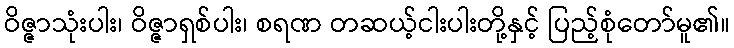
ဝိဇ္ဇာသုံးပါး၊ ဝိဇ္ဇာရှစ်ပါး၊ စရဏ တဆယ့်ငါးပါးတို့နှင့် ပြည့်စုံတော်မူ၏။